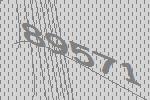
89571